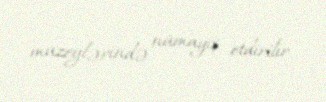
muzeylərində nümayiş etdirilir.